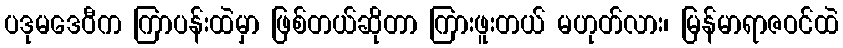
ပဒုမဒေဝီက ကြာပန်းထဲမှာ ဖြစ်တယ်ဆိုတာ ကြားဖူးတယ် မဟုတ်လား၊ မြန်မာရာဇဝင်ထဲ